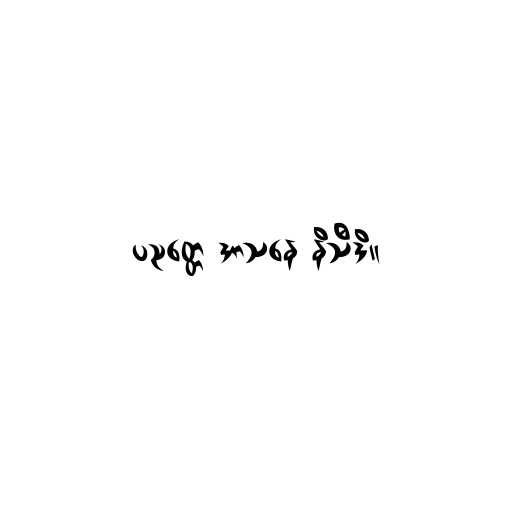
ပညတ္တေ အာသနေ နိသီဒိ။